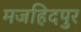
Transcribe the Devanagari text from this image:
मजहिदपुर